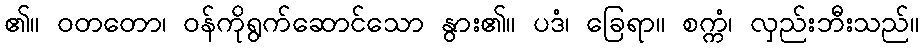
၏။ ဝတတော၊ ဝန်ကိုရွက်ဆောင်သော နွား၏။ ပဒံ၊ ခြေရာ။ စက္ကံ၊ လှည်းဘီးသည်။